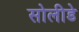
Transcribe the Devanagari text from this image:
सोलीडे